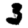
Digit: 3